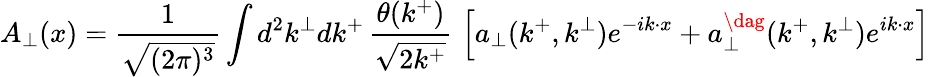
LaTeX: A_{\perp}(x)={\frac{1}{\sqrt{(2\pi)^{3}}}}\int d^{2}k^{\perp}dk^{+}\, {\frac{\theta(k^{+})}{\sqrt{2k^{+}}}}\, \left[a_{\perp}(k^{+},k^{\perp})e^{-i{k}\cdot{x}}+a_{\perp}^{\dag}(k^{+},k^{\perp})e^{i{k}\cdot{x}}\right]